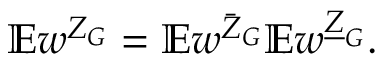
\mathbb { E } w ^ { Z _ { G } } = \mathbb { E } w ^ { \bar { Z } _ { G } } \mathbb { E } w ^ { \underline { { Z } } _ { G } } .